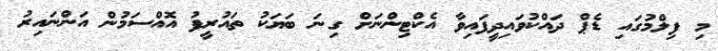
މި ފިލްމުގައި ޑެޕް ދައްކުވައިދީފައިވާ އެކްޓިންނަށް ގިނަ ބަޔަކު ތައުރީފު އޮއްސަމުން އަންނައިރު